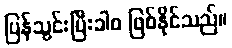
ပြန်သွင်းပြီးခါစ ဖြစ်နိုင်သည်။